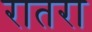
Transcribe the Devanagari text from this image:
रातरा